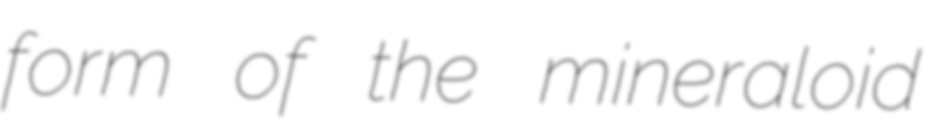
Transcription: form of the mineraloid